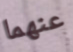
عنهما